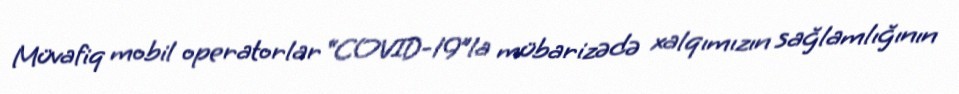
Müvafiq mobil operatorlar “COVID-19”la mübarizədə xalqımızın sağlamlığının